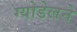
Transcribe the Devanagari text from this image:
ग्योडेलने